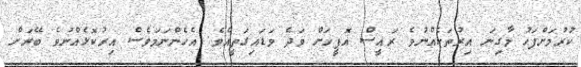
ކުރުމަށްފަހު މާގިނަ އިރުތަކެއްނުވެ ރައީސް އޮފީހަށް ވަދެ ވަޑައިގަތީއެވެ. އެހެންނަމަވެސް އިރުކޮޅެއްނުވެ ބޭރަށް